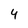
Character: 4